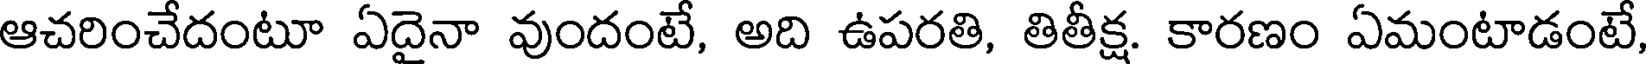
ఆచరించేదంటూ ఏదైనా వుందంటే, అది ఉపరతి, తితీక్ష. కారణం ఏమంటాడంటే